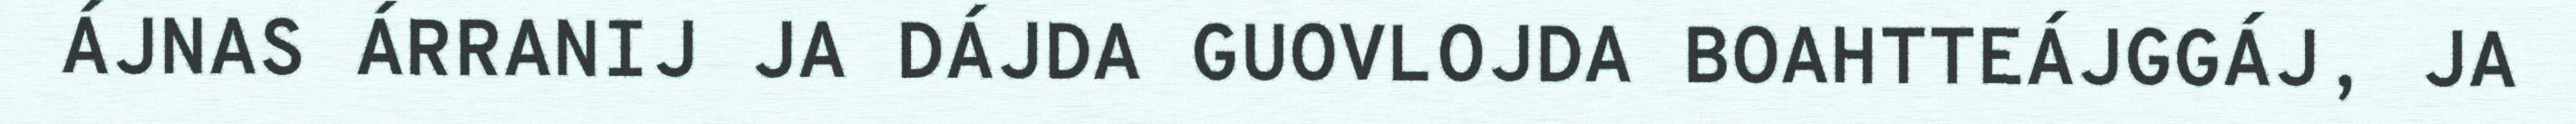
ÁJNAS ÁRRANIJ JA DÁJDA GUOVLOJDA BOAHTTEÁJGGÁJ, JA